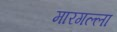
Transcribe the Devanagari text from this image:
मारगल्ला